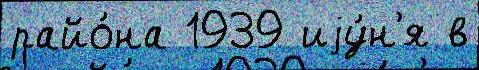
райо́на 1939 иjу́н'я в